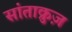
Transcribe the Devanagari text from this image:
सांताक्रुज़